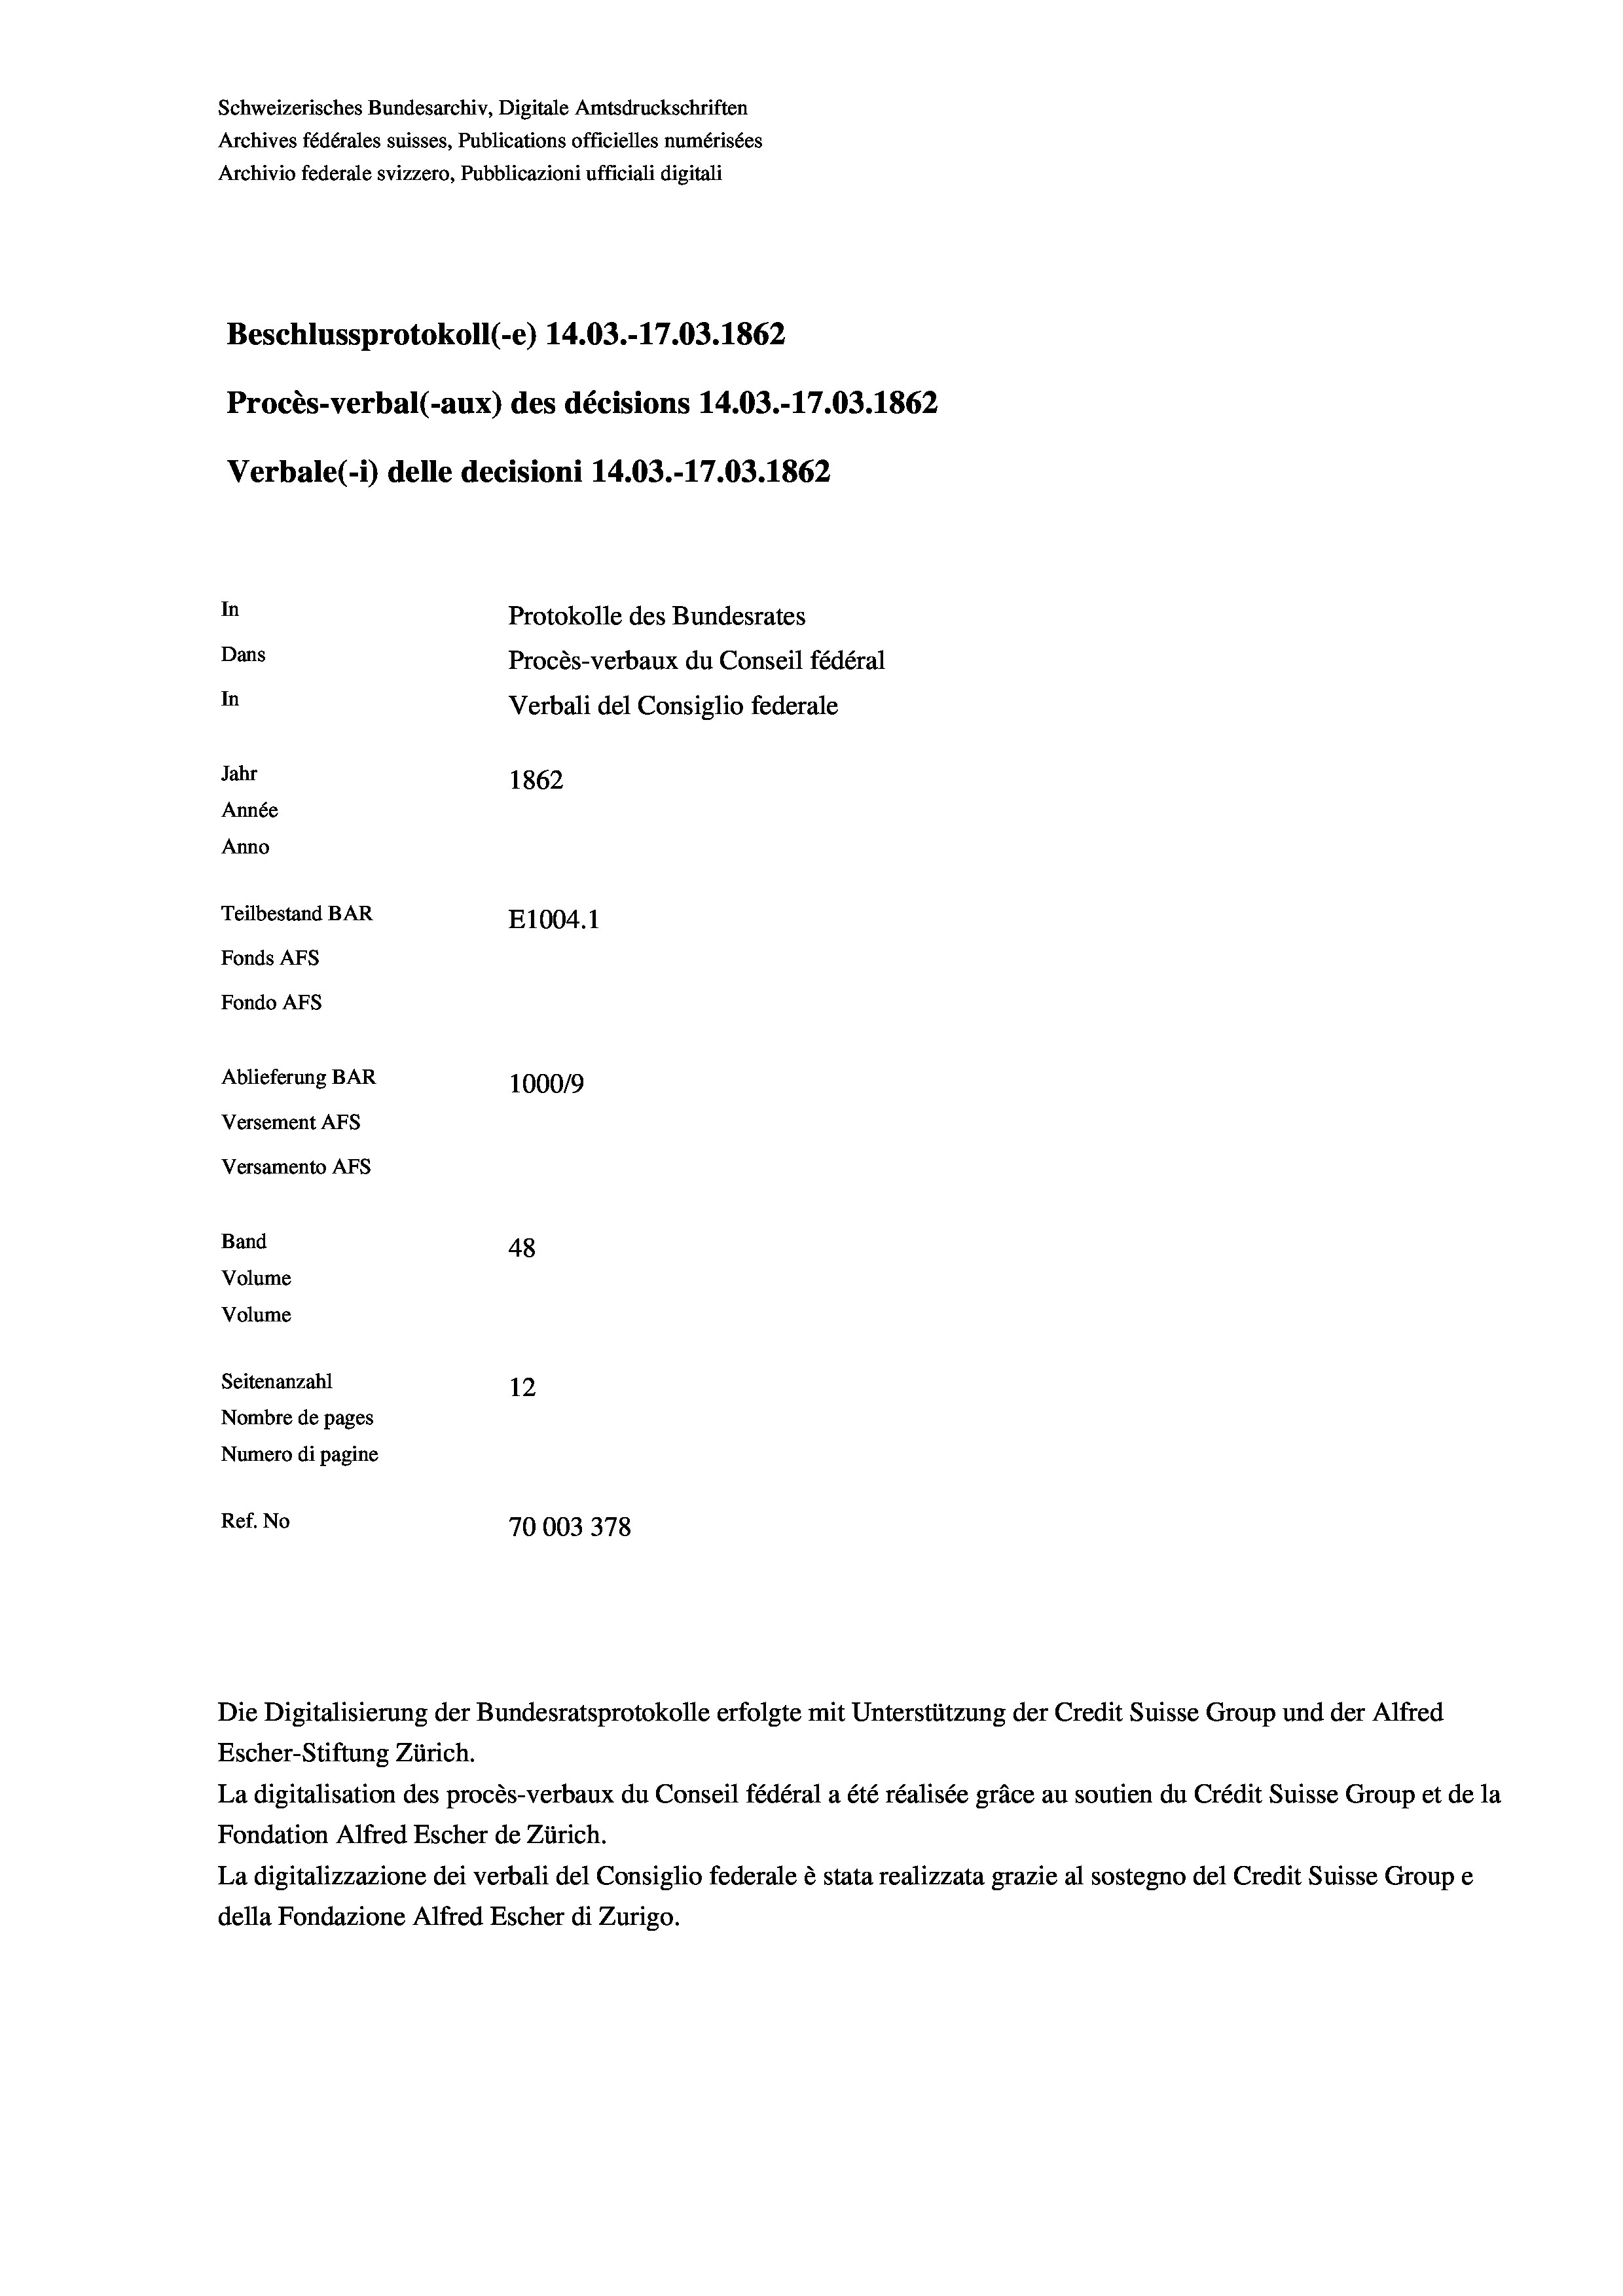
Schweizerisches Bundesarchiv, Digitale Amtsdruckschriften
Archives fédérales suisses, Publications officielles numérisées
Archivio federale svizzero, Pubblicazioni ufficiali digitali
Beschlussprotokoll (-e) 14.03.-17.03. 1862
Procès-verbal (-aux) des décisions 14.03.-17.03. 1862
Verbale(-*) delle decisioni 14.03.-17.03. 1862
In
Protokolle des Bundesrates
Dans
Procès-verbaux du Conseil fédéral
In
Verbali del Consiglio federale
Jahr
1862
Année
Anno
Teilbestand BAR
E1004. 1
Fonds Afs
Fondo AFS
Ablieferung BAR
100019
Versement AFs
Versamento AFs
Band
48
Volume

Volume
Seitenanzahl
12
Nombre de pages
Numero di pagine
Ref. No
70003378

Escher-Stiftung Zürich.
La digitalisation des procès-verbaux du Conseil fédéral a été réalisée gräce au soutien du Crédit Suisse Group et de la
Fondation Alfred Escher de Zürich.
La digitalizzazione dei verbali del Consiglio federale è stata realizzata grazie al sostegno del Credit Suisse Groupe
della Fondazione Alfred Escher di Zurigo.

Die Digitalisierung der Bundesratsprotokolle erfolgte mit Unterstützung der Credit Suisse Group und der Alfred